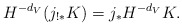
\begin{align*} H^{-d_V}(j_{!*}K)=j_*H^{-d_V}K.\end{align*}